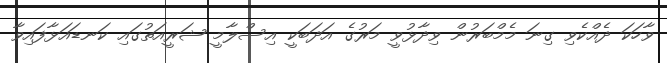
ވާހަކަ ދެއްކެވި ގިނަ މެމްބަރުން ވިދާޅުވީ މަރުގެ އަދަބަކީ އިސްލާމީ ޝަރީއަތުގައި ކަނޑައަޅާފައިވާ